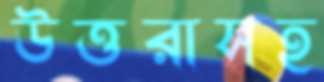
উত্তরাসহ